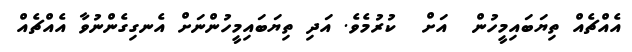
އެއްޗެއް ތިޔަބައިމީހުން  އަށް  ކުރުމެވެ. އަދި ތިޔަބައިމީހުންނަށް އެނގިގެންނުވާ އެއްޗެއް